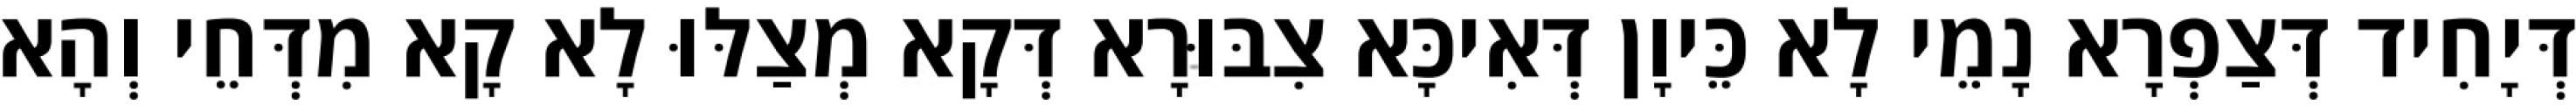
דְּיָחִיד דְּצַפְרָא נָמֵי לָא כֵּיוָן דְּאִיכָּא צִבּוּרָא דְּקָא מְצַלּוּ לָא קָא מִדְּחֵי וְהָא